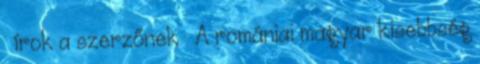
» írok a szerzőnek » A romániai magyar kisebbség